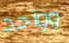
وواحد